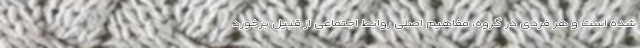
شده است و هر فردی در گروه، مفاهیم اصلی روابط اجتماعی از قبیل برخورد